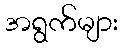
အရွက်များ